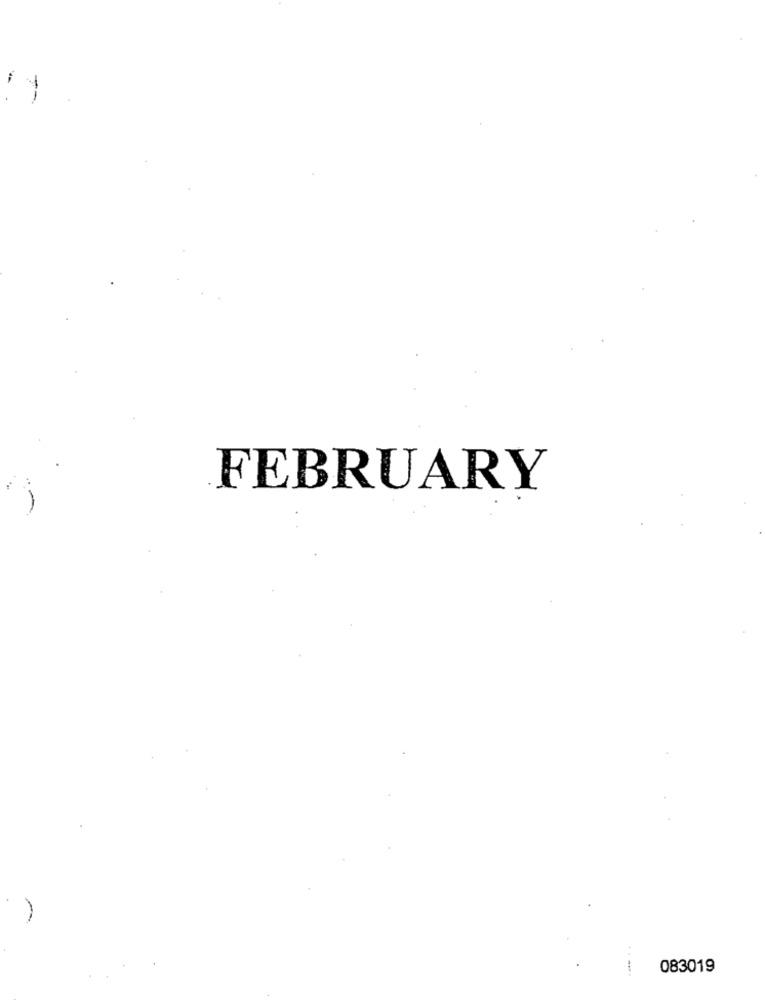
FEBRUARY
.-.
083019